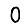
Digit: 0